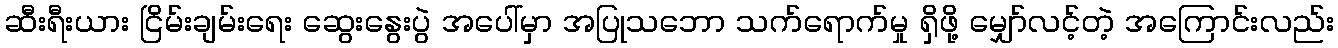
ဆီးရီးယား ငြိမ်းချမ်းရေး ဆွေးနွေးပွဲ အပေါ်မှာ အပြုသဘော သက်ရောက်မှု ရှိဖို့ မျှော်လင့်တဲ့ အကြောင်းလည်း